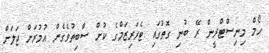
ހޯމް މިނިސްޓްރީން ރޭ ބުނި ގޮތުގައި ޓެރަރިޒަމްގެ ކުށް ސާބިތުވެގެން އުމުރަށް ޖަލަށް